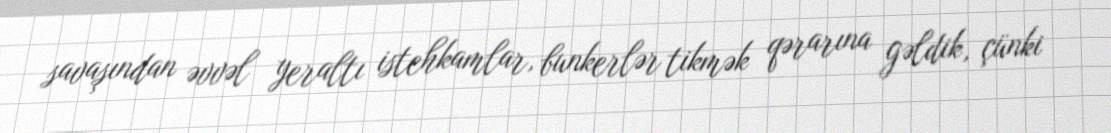
savaşından əvvəl yeraltı istehkamlar, bunkerlər tikmək qərarına gəldik, çünki